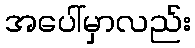
အပေါ်မှာလည်း